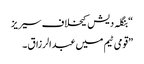
“بنگلہ دیش کیخلاف سیریز
”قومی ٹیم میں عبدالرزاق ۔